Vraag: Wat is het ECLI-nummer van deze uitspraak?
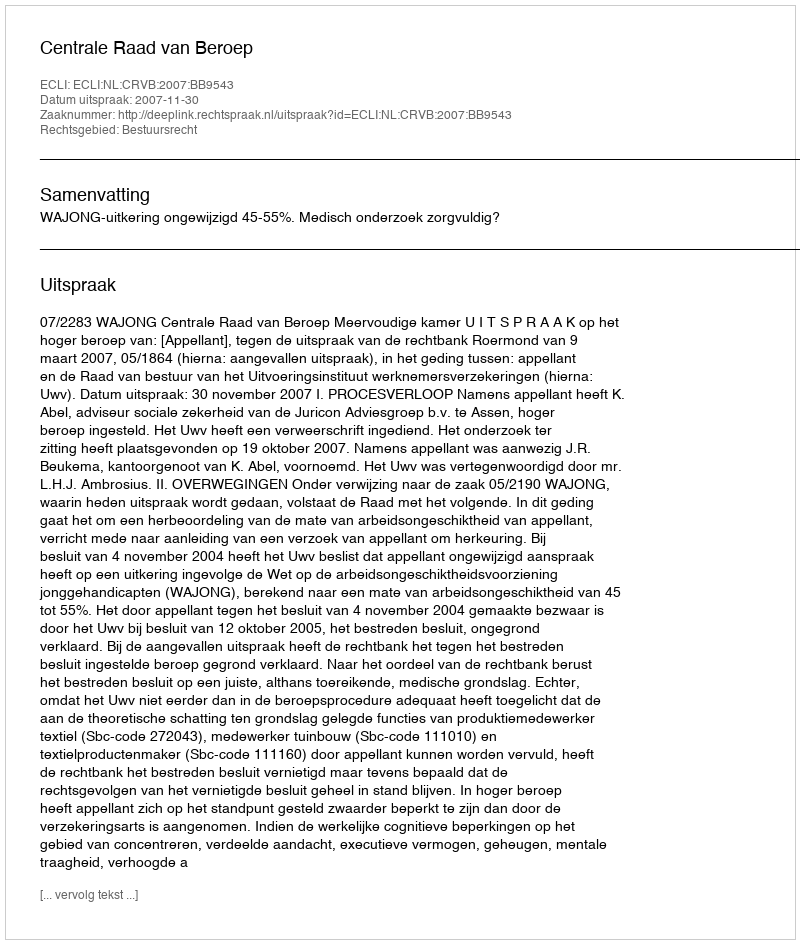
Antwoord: ECLI:NL:CRVB:2007:BB9543